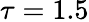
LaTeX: \tau=1.5